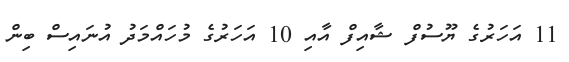
11 އަހަރުގެ ޔޫސުފް ޝާއިފް އާއި 10 އަހަރުގެ މުހައްމަދު އުނައިސް ބިން